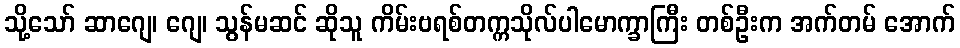
သို့သော် ဆာဂျေ၊ ဂျေ၊ သွန်မဆင် ဆိုသူ ကိမ်းဗရစ်တက္ကသိုလ်ပါမောက္ခာကြီး တစ်ဦးက အက်တမ် အောက်